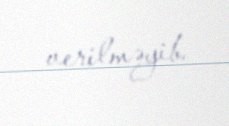
verilməyib.